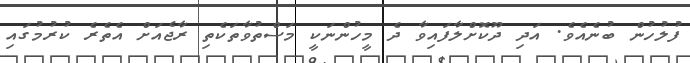
ފުލުހުން ބުނެއެވެ. އަދި ދޫކޮށްލާފައިވާ ދެ މީހުންނަކީ މަސްތުވާތަކެތި ރާޖެއަށް އެތެރެ ކުރުމުގައި